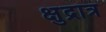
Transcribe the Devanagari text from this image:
क्षुद्रात्र